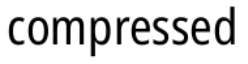
compressed